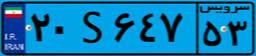
۲۰S۶۴۷۵۳